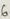
Text: 6